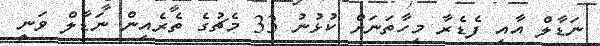
ނަޑާލް އާއި ފެޑެރާ މިހާތަނަށް ކުޅުނު 33 މެޗުގެ ތެރެއިން ނަޑާލް ވަނީ